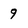
Character: 9